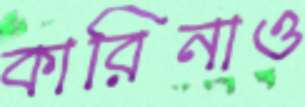
কারিনাও